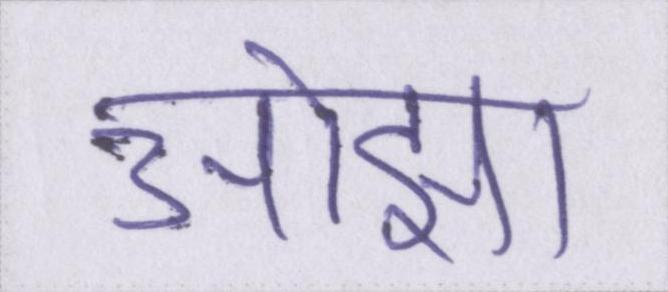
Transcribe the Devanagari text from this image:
ओझा